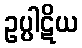
ဥပ္ပါဋိယ